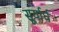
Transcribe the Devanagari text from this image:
सूर्यार्घ